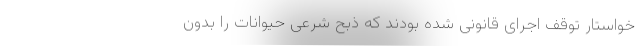
خواستار توقف اجرای قانونی شده‌ بودند که ذبح شرعی حیوانات را بدون